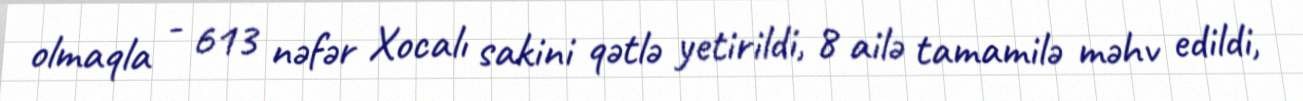
olmaqla - 613 nəfər Xocalı sakini qətlə yetirildi, 8 ailə tamamilə məhv edildi,